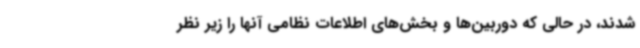
شدند، در حالی که دوربین‌ها و بخش‌های اطلاعات نظامی آنها را زیر نظر